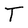
Character: T